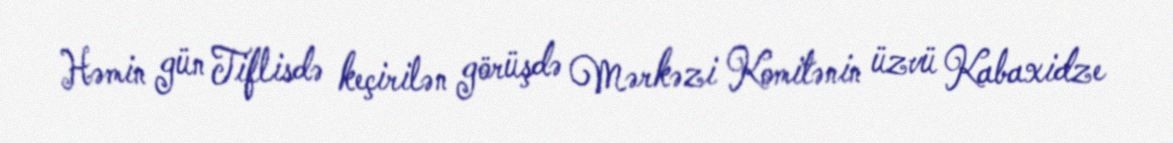
Həmin gün Tiflisdə keçirilən görüşdə Mərkəzi Komitənin üzvü Kabaxidze